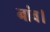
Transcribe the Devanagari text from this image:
नांव।